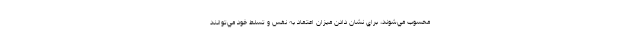
محسوب مي‌شوند، براي نشان دادن ميزان اعتماد به نفس و تسلط خود مي‌توانند